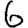
Digit: 6